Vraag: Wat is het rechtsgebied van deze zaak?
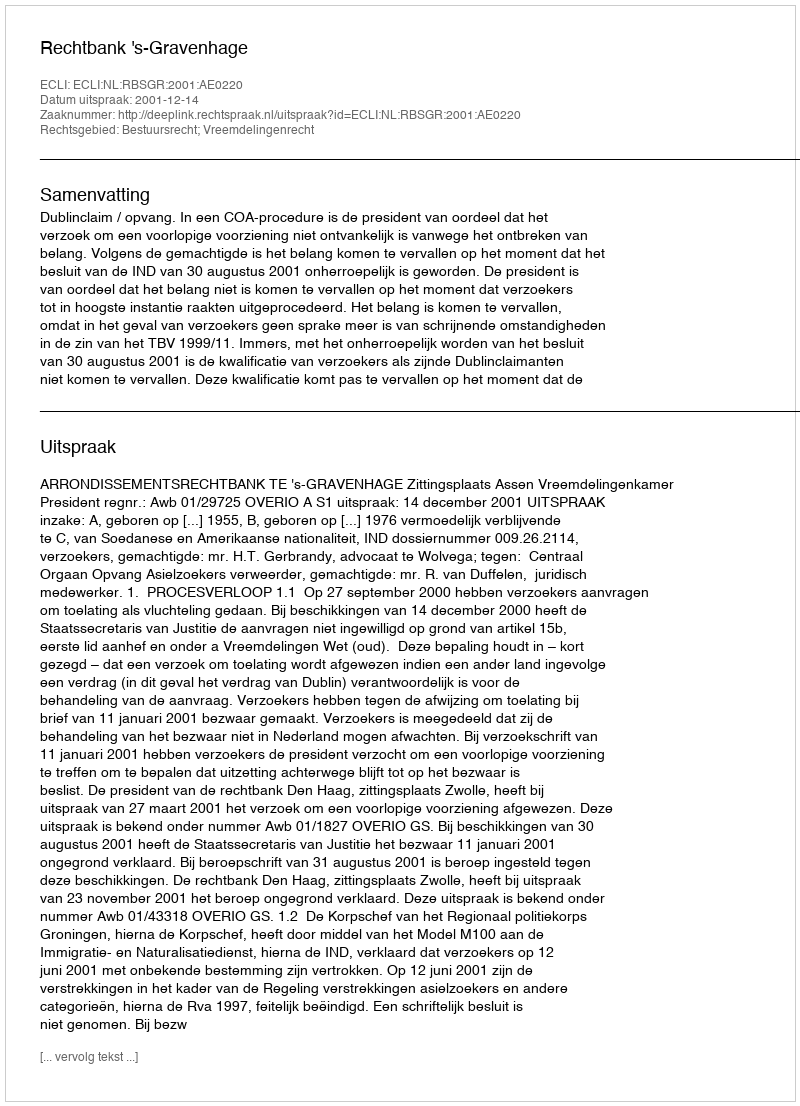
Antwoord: Bestuursrecht; Vreemdelingenrecht